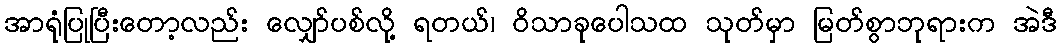
အာရုံပြုပြီးတော့လည်း လျှော်ပစ်လို့ ရတယ်၊ ဝိသာခုပေါသထ သုတ်မှာ မြတ်စွာဘုရားက အဲဒီ